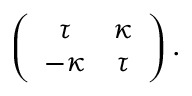
\left( \begin{array} { c c } { \tau } & { \kappa } \\ { - \kappa } & { \tau } \end{array} \right) .